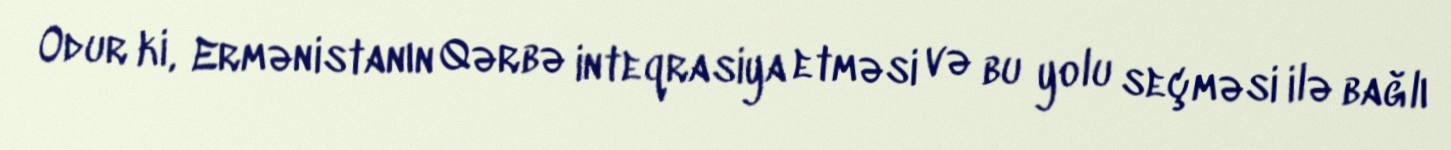
Odur ki, Ermənistanın Qərbə inteqrasiya etməsi və bu yolu seçməsi ilə bağlı